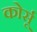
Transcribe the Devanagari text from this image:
कोर्सू